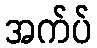
အက်ပ်